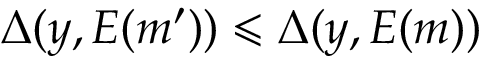
\Delta ( y , E ( m ^ { \prime } ) ) \leqslant \Delta ( y , E ( m ) )